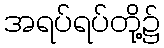
အရပ်ရပ်တို့၌